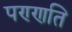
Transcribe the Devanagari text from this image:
पण्णति